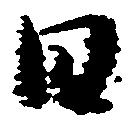
日